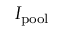
I _ { \mathrm { p o o l } }